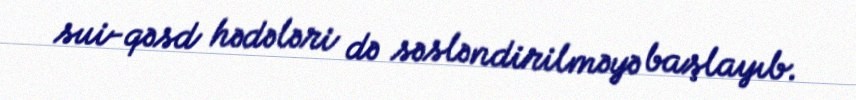
sui-qəsd hədələri də səsləndirilməyə başlayıb.